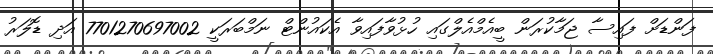
ފަންޑަށް ފައިސާ ޖަމާކުރަން ބީއެމްއެލްގައި ހުޅުވާފައިވާ އެކައުންޓް ނަމްބަރަކީ 7701270697002 އަދި ޑޮލަރު